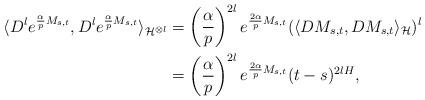
LaTeX: \begin{align*}\begin{aligned}\langle D^{l}e^{\frac{\alpha}{p}M_{s,t}},D^{l}e^{\frac{\alpha}{p}M_{s,t}}\rangle_{\mathcal{H}^{\otimes l}} & =\left(\frac{\alpha}{p}\right)^{2l}e^{\frac{2\alpha}{p}M_{s,t}}(\langle DM_{s,t},DM_{s,t}\rangle_{\mathcal{H}})^{l}\\ & =\left(\frac{\alpha}{p}\right)^{2l}e^{\frac{2\alpha}{p}M_{s,t}}(t-s)^{2lH},\end{aligned}\end{align*}